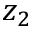
z _ { 2 }